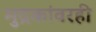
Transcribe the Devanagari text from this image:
मुद्रकांवरही